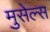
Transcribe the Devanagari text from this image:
मुसेल्स